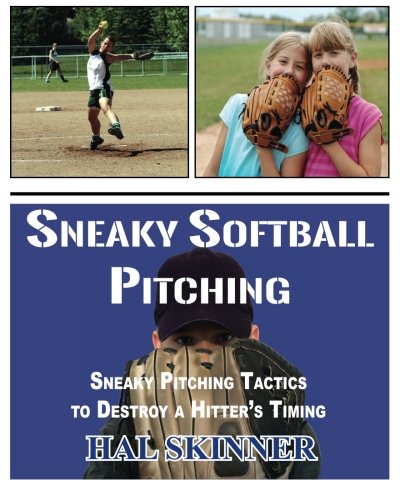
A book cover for Sneaky Softball Pitching: Sneaky Pitching Tactics to Destroy a Hitter's Timing; Hal Skinner; Sports & Outdoors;